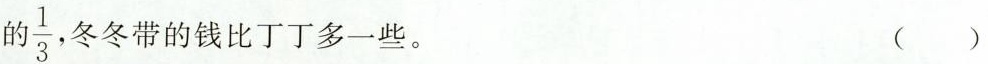
的 \frac{1}{3} 冬冬带的钱比丁丁多一些。（）